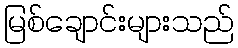
မြစ်ချောင်းများသည်